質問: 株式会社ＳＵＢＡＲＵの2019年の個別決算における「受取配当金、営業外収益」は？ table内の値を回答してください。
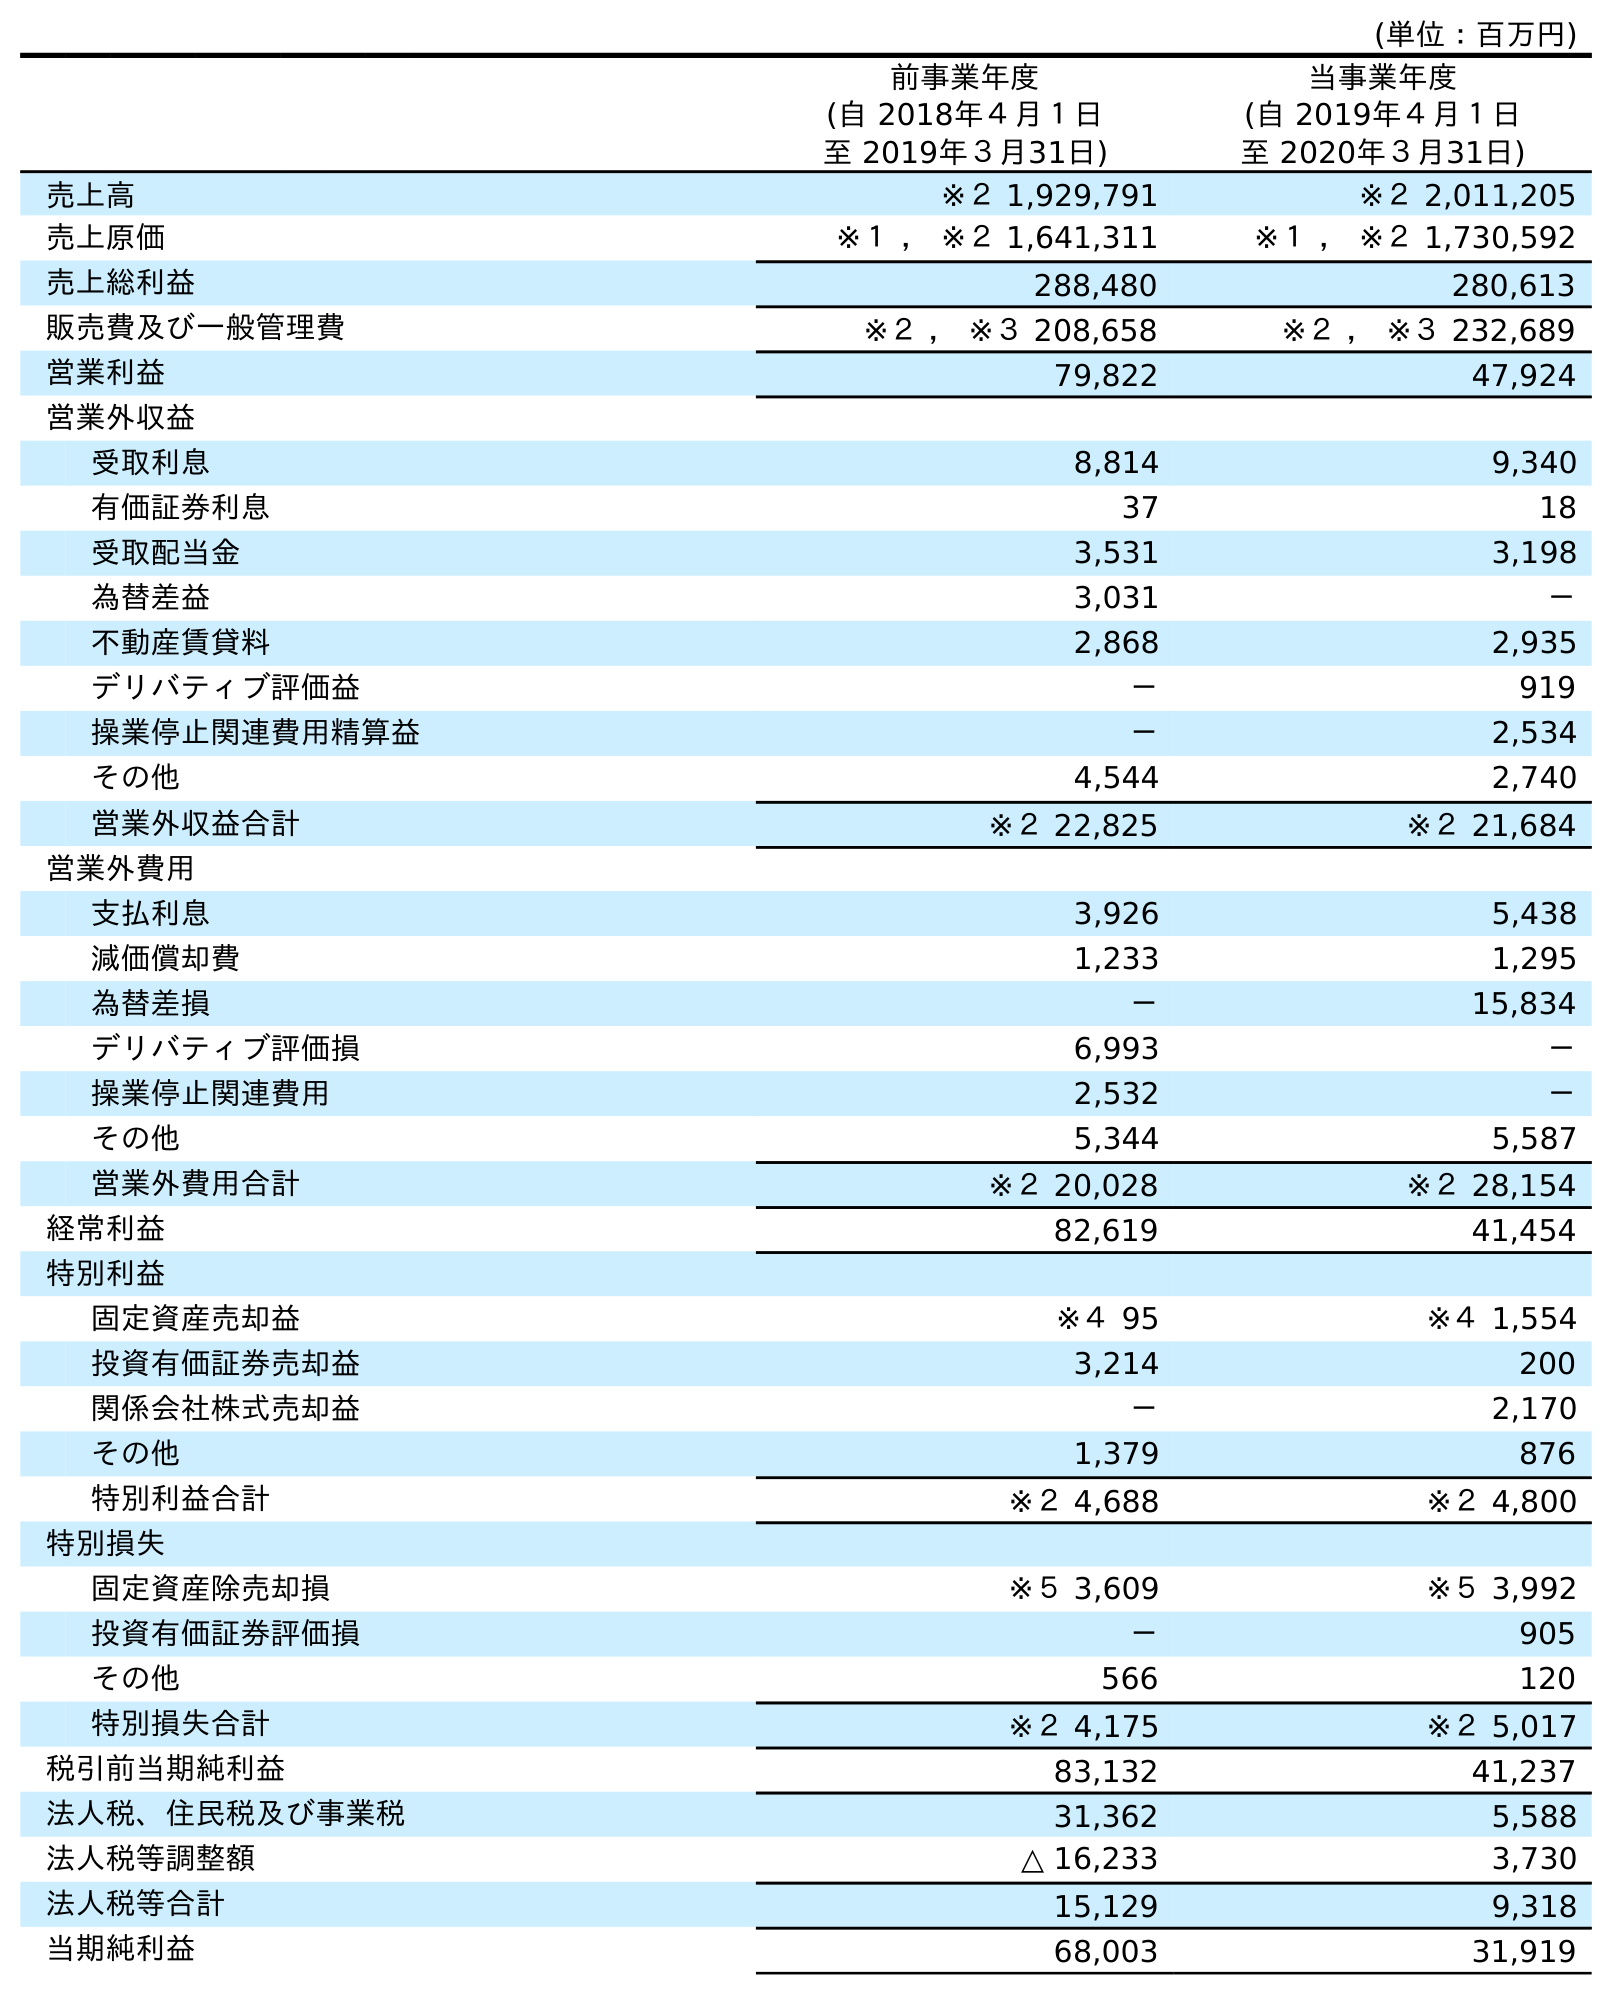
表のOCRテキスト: (単位：百万円) 前事業年度 (自 2018年４月１日 至 2019年３月31日) 当事業年度 (自 2019年４月１日 至 2020年３月31日) 売上高 ※２ 1,929,791 ※２ 2,011,205 売上原価 ※１ ， ※２ 1,641,311 ※１ ， ※２ 1,730,592 売上総利益 288,480 280,613 販売費及び一般管理費 ※２ ， ※３ 208,658 ※２ ， ※３ 232,689 営業利益 79,822 47,924 営業外収益 受取利息 8,814 9,340 有価証券利息 37 18 受取配当金 3,531 3,198 為替差益 3,031 － 不動産賃貸料 2,868 2,935 デリバティブ評価益 － 919 操業停止関連費用精算益 － 2,534 その他 4,544 2,740 営業外収益合計 ※２ 22,825 ※２ 21,684 営業外費用 支払利息 3,926 5,438 減価償却費 1,233 1,295 為替差損 － 15,834 デリバティブ評価損 6,993 － 操業停止関連費用 2,532 － その他 5,344 5,587 営業外費用合計 ※２ 20,028 ※２ 28,154 経常利益 82,619 41,454 特別利益 固定資産売却益 ※４ 95 ※４ 1,554 投資有価証券売却益 3,214 200 関係会社株式売却益 － 2,170 その他 1,379 876 特別利益合計 ※２ 4,688 ※２ 4,800 特別損失 固定資産除売却損 ※５ 3,609 ※５ 3,992 投資有価証券評価損 － 905 その他 566 120 特別損失合計 ※２ 4,175 ※２ 5,017 税引前当期純利益 83,132 41,237 法人税、住民税及び事業税 31,362 5,588 法人税等調整額 △ 16,233 3,730 法人税等合計 15,129 9,318 当期純利益 68,003 31,919
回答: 3,531